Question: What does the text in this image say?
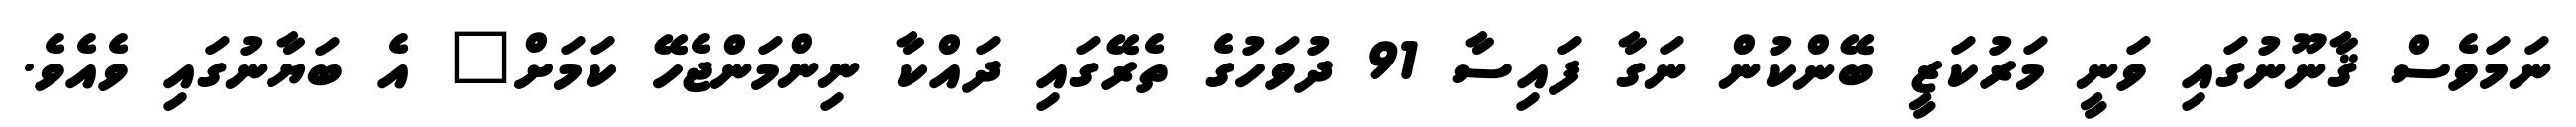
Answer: ނަމަވެސް ޤާނޫނުގައި ވަނީ މަރުކަޒީ ބޭންކުން ނަގާ ފައިސާ 91 ދުވަހުގެ ތެރޭގައި ދައްކާ ނިންމަންޖެހޭ ކަމަށް" އެ ބަޔާނުގައި ވެއެވެ.